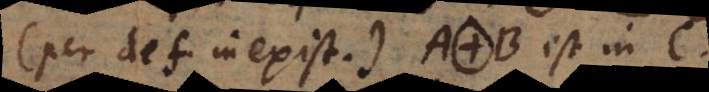
(per def. inexist.) A. B est in [